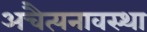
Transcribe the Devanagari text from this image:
अचैत्यनावस्था